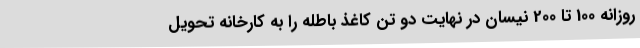
روزانه 100 تا 200 نیسان در نهایت دو تن کاغذ باطله را به کارخانه تحویل